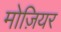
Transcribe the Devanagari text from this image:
मोज़ियर